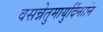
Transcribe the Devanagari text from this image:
वसन्नेतुमायुर्दिनानि